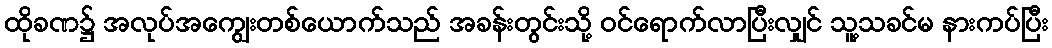
ထိုခဏ၌ အလုပ်အကျွေးတစ်ယောက်သည် အခန်းတွင်းသို့ ဝင်ရောက်လာပြီးလျှင် သူ့သခင်မ နားကပ်ပြီး